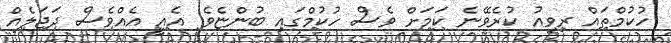
ހުކުމްތައް ރިވިއު ކުރެވޭނެ ކަމަށް ވެސް ހުކުމްގައި ބުންޏެވެ. އެއީ އެއްވެސް ދަޖަލެއް